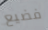
فضيع